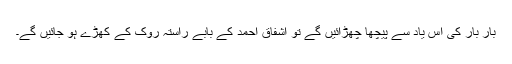
بار بار کی اس یاد سے پیچھا چھڑائیں گے تو اشفاق احمد کے بابے راستہ روک کے کھڑے ہو جائیں گے۔